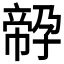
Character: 𡦔